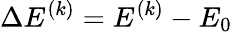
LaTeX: \Delta E^{(k)}=E^{(k)}-E_{0}